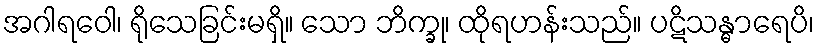
အဂါရဝေါ၊ ရိုသေခြင်းမရှိ။ သော ဘိက္ခု၊ ထိုရဟန်းသည်။ ပဋိသန္ဓာရေပိ၊